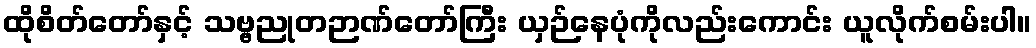
ထိုစိတ်တော်နှင့် သဗ္ဗညုတဉာဏ်တော်ကြီး ယှဉ်နေပုံကိုလည်းကောင်း ယူလိုက်စမ်းပါ။